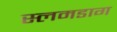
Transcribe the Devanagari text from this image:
स्लमडाग